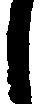
し